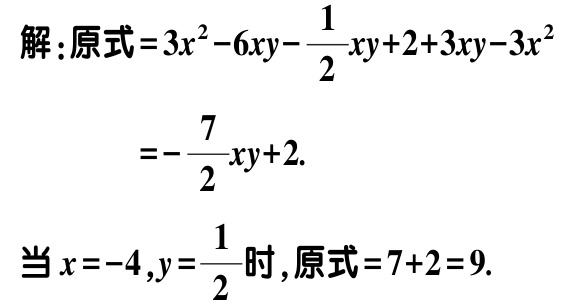
解：原式\(=3x^{2}-6xy-\frac{1}{2}xy + 2 + 3xy - 3x^{2}\)

\(=-\frac{7}{2}xy + 2\).

当\(x = -4,y=\frac{1}{2}\)时，原式\(=7 + 2 = 9\).